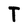
Character: T